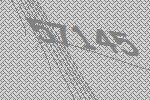
57145